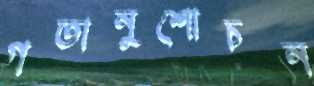
গতানুশোচন